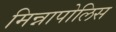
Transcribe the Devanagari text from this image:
मिन्नापोलिस